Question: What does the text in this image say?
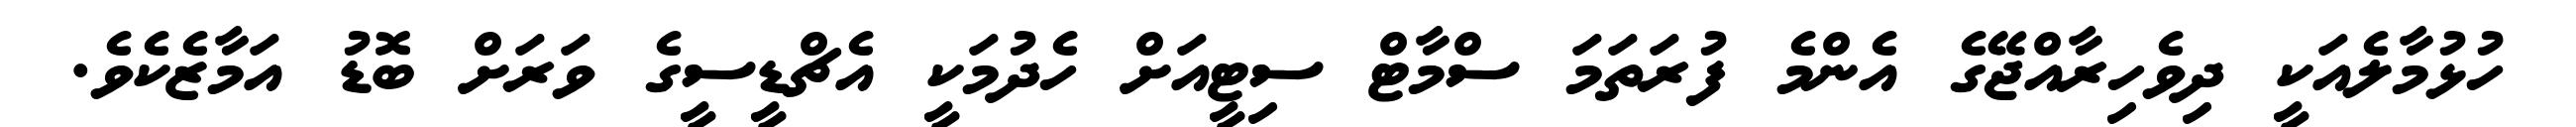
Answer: ހުޅުމާލެއަކީ ދިވެހިރާއްޖޭގެ އެންމެ ފުރަތަމަ ސްމާޓް ސިޓީއަށް ހެދުމަކީ އެޗްޑީސީގެ ވަރަށް ބޮޑު އަމާޒެކެވެ.